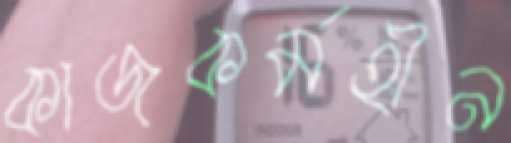
কাজকর্মহীন